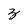
Character: z